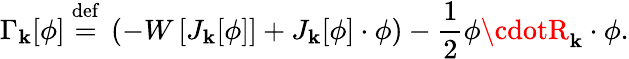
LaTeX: \Gamma_{\mathbf{k}}[\phi]\ {\stackrel{\mathrm{{def}}}{=}}\ \left(-W\left[J_{\mathbf{k}}[\phi]\right]+J_{\mathbf{k}}[\phi]\cdot\phi\right)-{\frac{{1}}{{2}}}\phi\cdotR_{\mathbf{k}}\cdot\phi.